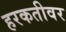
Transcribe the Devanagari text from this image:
हरकतीवर